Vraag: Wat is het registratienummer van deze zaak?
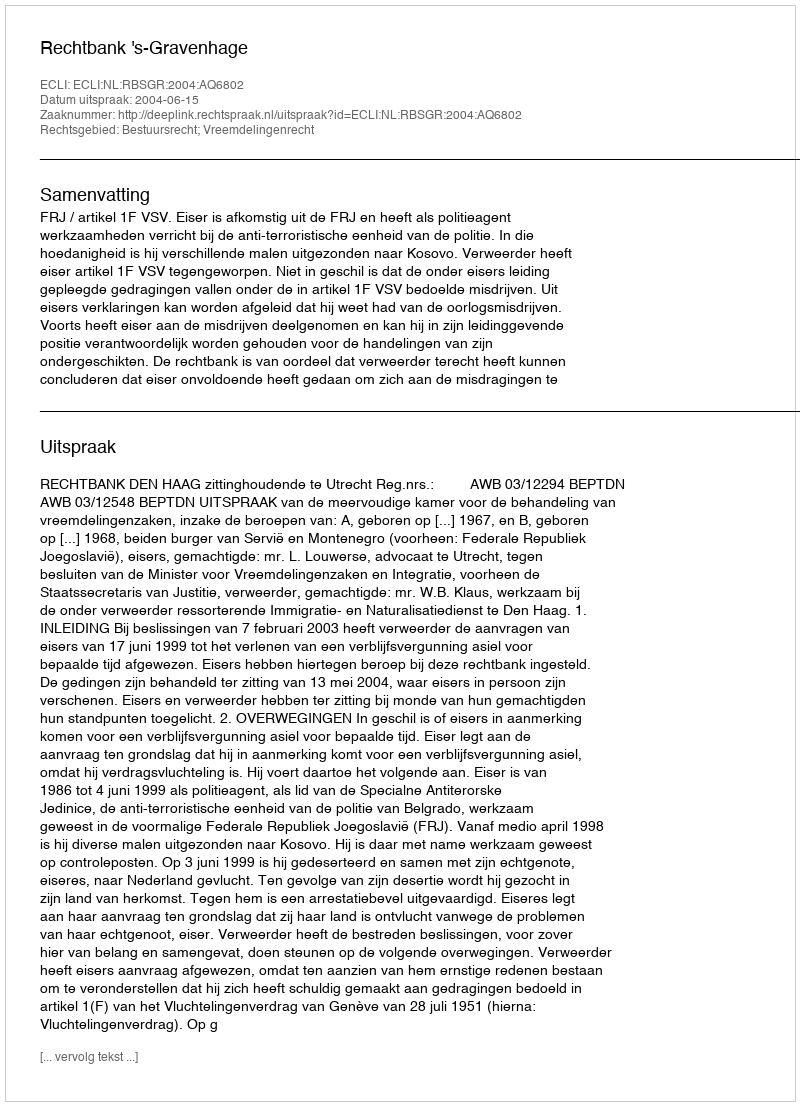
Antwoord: http://deeplink.rechtspraak.nl/uitspraak?id=ECLI:NL:RBSGR:2004:AQ6802